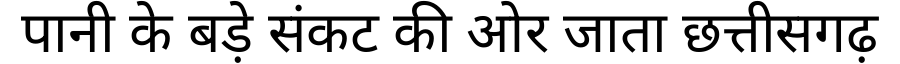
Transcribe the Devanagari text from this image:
पानी के बड़े संकट की ओर जाता छत्तीसगढ़